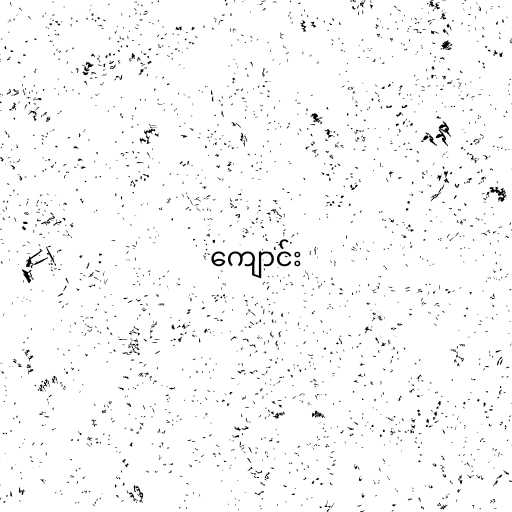
ကျောင်း